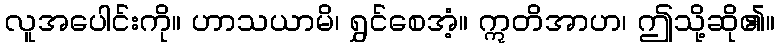
လူအပေါင်းကို။ ဟာသယာမိ၊ ရွှင်စေအံ့။ ဣတိအာဟ၊ ဤသို့ဆို၏။